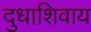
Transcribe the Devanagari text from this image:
दुधाशिवाय